Annual report of lunatic asylums [Bombay] - 1912-1922
Year: 1912
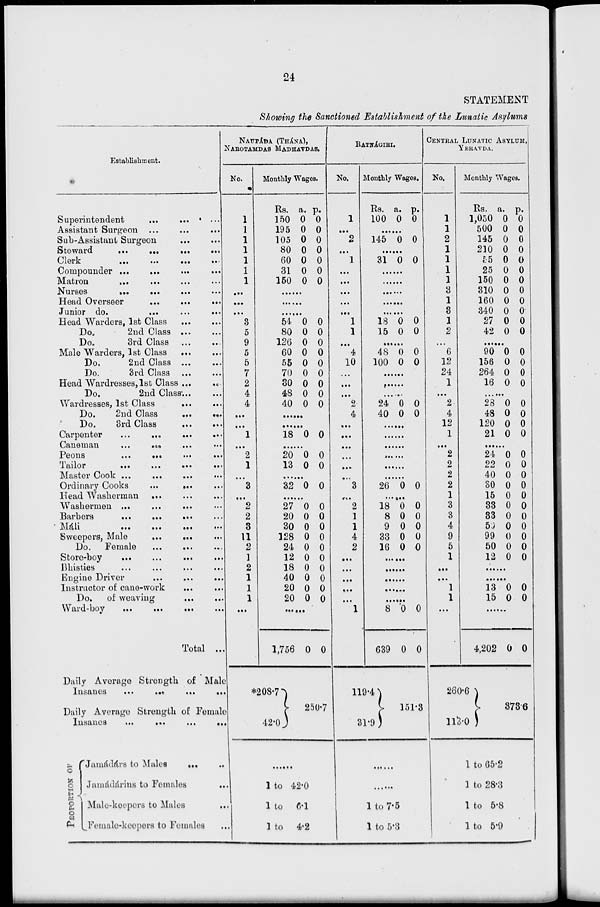
24
STATEMENT
Showing the Sanctioned Establishment of the Lunatic Asylums
Establishment.
Superintendent ... ... ...
Assistant Surgeon ... ... ...
Sub- Assistant Surgeon ... ...
Steward
...
...
...
...
Clerk
...
...
...
...
Compounder ... ... ... ...
Matron ... ... ... ...
Nurses
...
...
...
...
Head ( verseer
...
...
...
Junior do. ... ... ...
Head Warders, 1st Class ... ...
Do.
2nd Class
...
...
Do.
3rd Class ... ...
Male Warders, 1st Class ... ...
Do.
2nd Class ... ...
Do.
3rd Class ... ...
Head Wardresses,lst Class ... ...
Do.
2nd Class ... ...
Wardresses, 1st Class ... ...
Do. 2nd Class
...
...
Do. 3rd Class ... ...
Carpenter
...
...
...
...
Caneman ... ... ... ...
Peons
...
...
...
...
Tailor
...
...
...
...
Master Cook ... ... ... ...
Ordinary Cooks ... ... ...
Head Washerman ... ... ...
Washermen
...
...
...
Barbers
...
...
...
...
Máli
...
...
...
...
Sweepers, Male ... ... ...
Do. Female ... ... ...
Store-boy
...
...
...
...
Bhisties ... ... ... ...
Engine Driver
...
...
...
Instructor of cane-work ... ...
Do.
of weaving
...
...
Ward-boy ... ... ... ...
Total ...
Daily Average Strength of Male
Insanes
...
...
...
...
Daily Average Strength of Female
Insanes
...
...
...
...
PROPORTION OF
Jamádárs to Males ... ...
Jamádárins to Females ...
Male-keepers to Males ...
Female-keepers to Females ...
NAUPÁDA (THÁNA),
NAROTAMDAS MADHAVDAS.
No.
1
1
1
1
1
1
1
...
...
...
3
5
9
5
5
7
2
4
4
...
...
1
...
2
1
...
3
...
2
2
3
11
2
1
2
1
1
1
...
Monthly Wages.
Rs.
150
195
105
80
60
31
150
a.
0
0
0
0
0
0
0
p.
0
0
0
0
0
0
0
......
......
......
54
80
126
60
55
70
30
48
40
0
0
0
0
0
0
0
0
0
0
0
0
0
0
0
0
0
0
.........
......
18 0 0
......
20
13
0
0
0
0
......
32 0 0
......
27
20
30
128
24
12
18
40
20
20
0
0
0
0
0
0
0
0
0
0
0
0
0
0
0
0
0
0
0
0
......
1,756
*208.7
42.0
0 0
250.7
......
1 to 42.0
1 to 6.1
1 to 4.2
RATNÁGIRI.
No.
1
...
2
...
1
...
...
...
...
...
1
1
...
4
10
...
...
...
2
4
...
...
...
...
...
...
3
...
2
1
1
4
2
...
...
...
...
...
1
Monthly Wages.
Rs.
100
a.
0
p.
0
......
145 0 0
......
31 0 0
......
......
......
......
......
18
15
0
0
0
0
......
48
100
0
0
0
0
......
......
......
24
40
0
0
0
0
......
......
......
......
......
......
26 0 0
......
18
8
9
33
16
0
0
0
0
0
0
0
0
0
0
......
......
......
......
......
8
639
119.4
31.9
0
0
0
0
151.3
......
......
1 to 7.5
1 to 5.3
CENTRAL LUNATIC ASYLUM,
YERAVDA.
No.
1
1
2
1
1
1
1
3
1
3
1
2
...
6
12
24
1
...
2
4
12
1
...
2
2
2
2
1
3
3
4
9
5
1
...
...
1
1
...
Monthly Wages.
Rs.
1,050
500
145
210
55
25
150
310
160
340
27
42
a.
0
0
0
0
0
0
0
0
0
0
0
0
p.
0
0
0
0
0
0
0
0
0
0
0
0
......
90
156
264
16
0
0
0
0
0
0
0
0
......
28
48
120
21
0
0
0
0
0
0
0
0
......
24
22
40
30
15
33
33
59
99
50
12
0
0
0
0
0
0
0
0
0
0
0
0
0
0
0
0
0
0
0
0
0
0
......
......
13
15
0
0
0
0
......
4,202
260.6
113.0
0 0
373.6
1 to 65.2
1 to 28.3
1 to 5.8
1 to 5.9